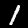
Digit: 1